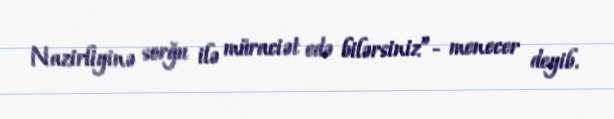
Nazirliyinə sorğu ilə müraciət edə bilərsiniz”- menecer deyib.